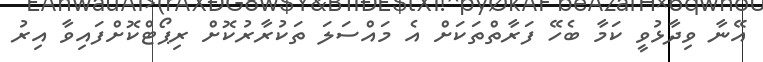
އޭނާ ވިދާޅުވީ ކަމާ ބެހޭ ފަރާތްތަކަށް އެ މައްސަލަ ތަކުރާރުކޮށް ރިޕޯޓްކޮށްފައިވާ އިރު